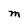
Character: M